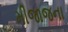
મીજાજના